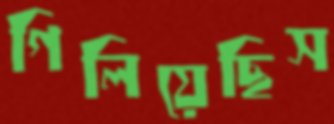
গিলিয়েছিস